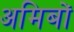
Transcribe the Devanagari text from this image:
अमिबों